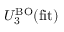
U _ { 3 } ^ { \mathrm { B O } } ( \mathrm { f i t } )